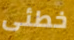
خطئى